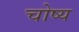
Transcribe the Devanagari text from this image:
चोष्‍य